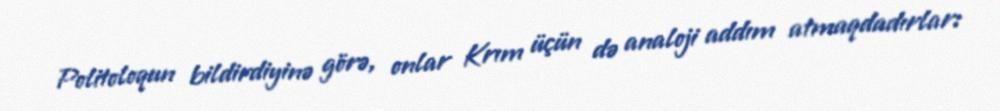
Politoloqun bildirdiyinə görə, onlar Krım üçün də analoji addım atmaqdadırlar: